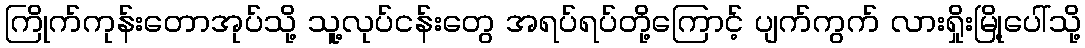
ကြိုက်ကုန်းတောအုပ်သို့ သူ့လုပ်ငန်းတွေ အရပ်ရပ်တို့ကြောင့် ပျက်ကွက် လားရှိုးမြို့ပေါ်သို့